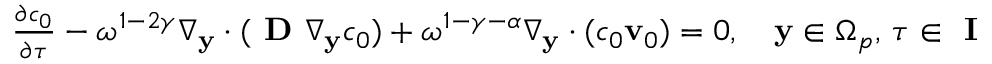
\begin{array} { r } { \frac { \partial c _ { 0 } } { \partial \tau } - \omega ^ { 1 - 2 \gamma } \nabla _ { \mathbf y } \cdot ( \textbf { D } \nabla _ { \mathbf y } c _ { 0 } ) + \omega ^ { 1 - \gamma - \alpha } \nabla _ { \mathbf y } \cdot ( c _ { 0 } \mathbf v _ { 0 } ) = 0 , \quad \mathbf y \in \Omega _ { p } , \, \tau \in \textbf { I } } \end{array}